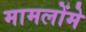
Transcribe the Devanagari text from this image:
मामलोंमे